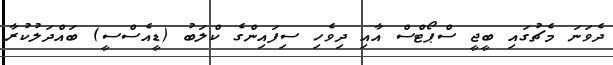
ދެވަނަ މެޗުގައި ބީޖީ ސްޕޯޓްސް އާއި ދިވެހި ސިފައިންގެ ކްލަބު (ޑީއެސްސީ) ބައްދަލުކުރާ